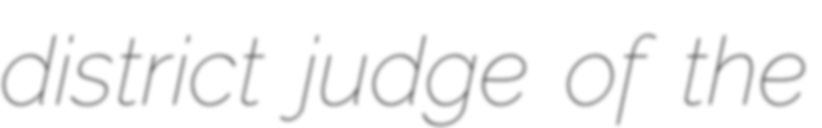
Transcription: district judge of the